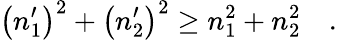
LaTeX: \left(n_{1}^{\prime}\right)^{2}+\left(n_{2}^{\prime}\right)^{2}\ge n_{1}^{2}+n_{2}^{2}\quad.